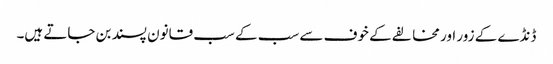
ڈنڈے کے زور اور مخالفے کے خوف سے سب کے سب قانون پسند بن جاتے ہیں۔